Lunatic asylums Central Provinces reports 1910-1926 - 1910-1926
Year: 1910
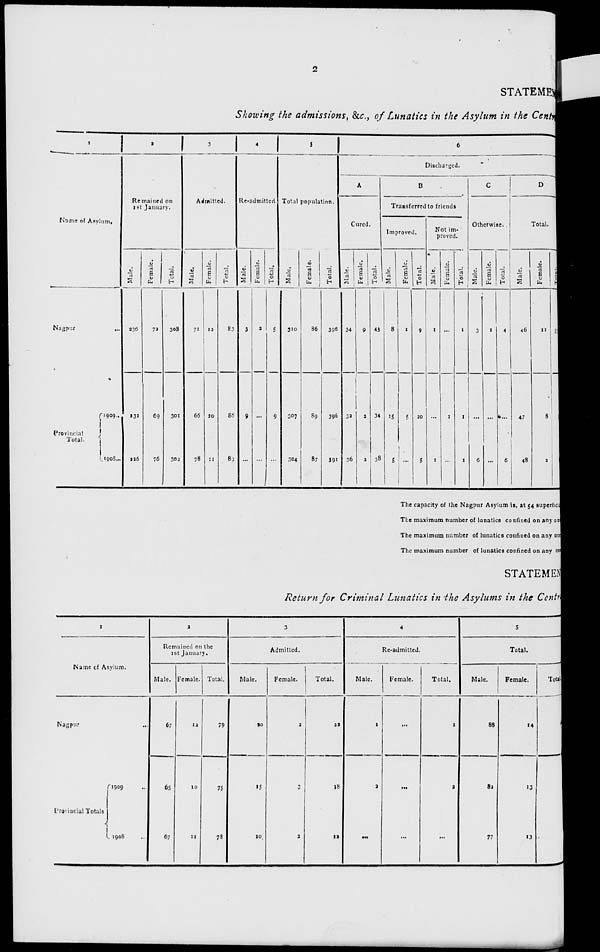
2
STATEMEN
Showing the admissions, &c., of Lunatics in the Asylum in the Central
1
Name of Asylum.
Nagpur ...
Provincial
Total.
1909
1908 ...
2
Remained on
1st January.
Male.
236
232
226
Female.
72
69
76
Total.
308
301
302
3
Admitted.
Male.
71
66
78
Female.
12
20
11
Total.
83
86
89
4
Re-admitted.
Male.
3
9
...
Female.
2
...
...
Total.
5
9
...
5
Total population.
Male.
310
307
304
Female.
86
89
87
Total.
396
396
391
6
Discharged.
A
Cured.
Male.
34
32
36
Female.
9
2
2
Total.
43
34
38
B
Transferred to friends
Improved.
Male.
8
15
5
Female.
1
5
...
Total.
9
20
5
Not im-
proved.
Male.
1
...
1
Female.
...
1
...
Total.
1
1
1
C
Otherwise.
Male.
3
...
6
Female.
1
...
...
Total.
4
...
6
D
Total.
Male.
46
47
48
Female.
11
8
2
Total.
57
55
50
The capacity of the Nagpur Asylum is, at 54 superficial
The maximum number of lunatics confined on any one
The maximum number of lunatics confined on any one
The maximum number of lunatics confined on any one
STATEMEN
Return for Criminal Lunatics in the Asylums in the Centr
1
Name of Asylum.
Nagpur ...
Provincial Totals
1909 ...
1908 ...
2
Remained on the
1st January.
Male.
67
65
67
Female.
12
10
11
Total.
79
75
78
3
Admitted.
Male.
20
15
10
Female.
2
3
2
Total.
22
18
12
4
Re-admitted.
Male.
1
2
...
Female.
...
...
...
Total.
1
2
...
5
Total.
Male.
88
82
77
Female.
14
13
13
Total
102
95
90